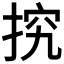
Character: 𢭕